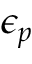
\epsilon _ { p }